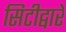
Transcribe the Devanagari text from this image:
सिटीद्वारे